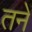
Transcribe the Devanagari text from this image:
तनें